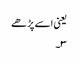
یعنی اسے پڑھے
۳۔